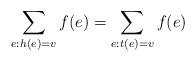
LaTeX: \begin{align*}\sum_{e: h(e)=v}f(e)=\sum_{e: t(e)=v}f(e)\end{align*}